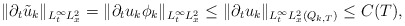
\begin{align*}\|\partial_t\tilde{u}_k\|_{L^\infty_tL^2_x}=\|\partial_tu_k\phi_k\|_{L^\infty_tL^2_x}\leq\|\partial_t u_k\|_{L^\infty_tL^2_x(Q_{k,T})}\leq C(T),\end{align*}